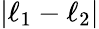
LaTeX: |\ell_{1}-\ell_{2}|